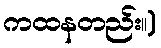
ကထနတည်း။)